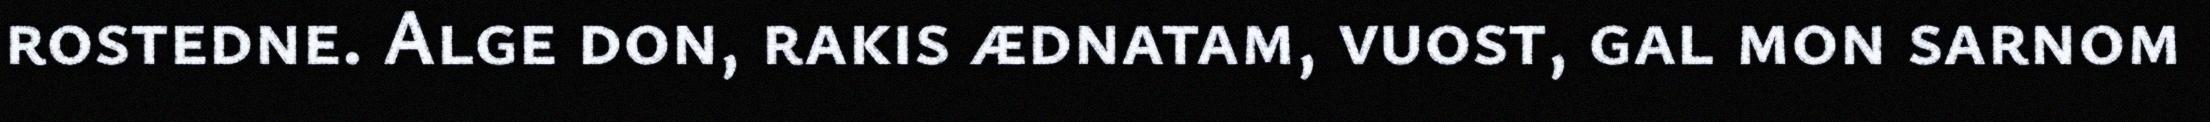
rostedne. Alge don, rakis ædnatam, vuost, gal mon sarnom